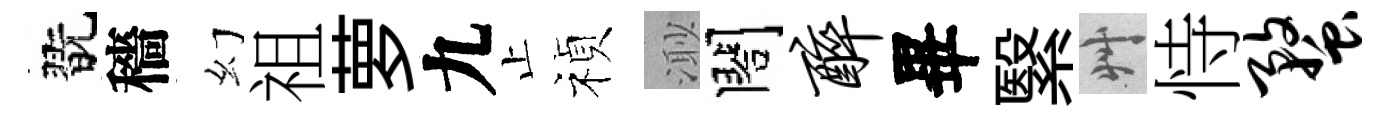
翫穡幻祖萝九止禎𣺌閤醉畢繄艸恃蝥